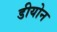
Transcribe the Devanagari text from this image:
डीयोन